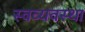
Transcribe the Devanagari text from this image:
स्वव्यवस्था